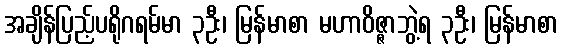
အချိန်ပြည့်ပရိုဂရမ်မာ ၃ဦး၊ မြန်မာစာ မဟာဝိဇ္ဇာဘွဲ့ရ ၃ဦး၊ မြန်မာစာ